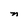
Character: n